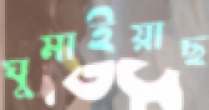
ঘুমাইয়াছ